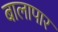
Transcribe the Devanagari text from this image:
बालापार